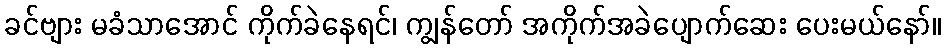
ခင်ဗျား မခံသာအောင် ကိုက်ခဲနေရင်၊ ကျွန်တော် အကိုက်အခဲပျောက်ဆေး ပေးမယ်နော်။